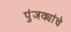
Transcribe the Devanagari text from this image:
पुंजक्यांचे